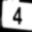
Digit: 4